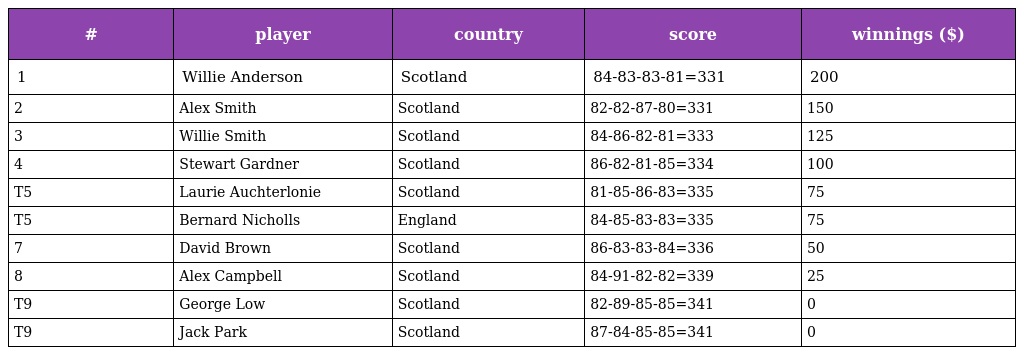
| # | player | country | score | winnings ($) |
 | --- | --- | --- | --- | --- |
 | 1 | Willie Anderson | Scotland | 84-83-83-81=331 | 200 |
 | 2 | Alex Smith | Scotland | 82-82-87-80=331 | 150 |
 | 3 | Willie Smith | Scotland | 84-86-82-81=333 | 125 |
 | 4 | Stewart Gardner | Scotland | 86-82-81-85=334 | 100 |
 | T5 | Laurie Auchterlonie | Scotland | 81-85-86-83=335 | 75 |
 | T5 | Bernard Nicholls | England | 84-85-83-83=335 | 75 |
 | 7 | David Brown | Scotland | 86-83-83-84=336 | 50 |
 | 8 | Alex Campbell | Scotland | 84-91-82-82=339 | 25 |
 | T9 | George Low | Scotland | 82-89-85-85=341 | 0 |
 | T9 | Jack Park | Scotland | 87-84-85-85=341 | 0 |